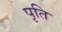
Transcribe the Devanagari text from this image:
पृति